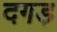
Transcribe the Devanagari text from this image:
दगड़